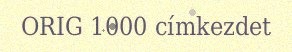
ORIG 1000 címkezdet